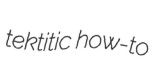
tektitic how-to